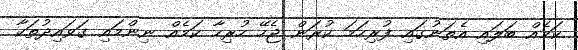
ކަމެއް ބަލައި އެތަނުގައި ފުރިހަމަ ކުރަން ޖެހޭ ހުރިހާ ކަމެއް ނިންމައި ގަވައިދުތަކާ